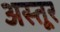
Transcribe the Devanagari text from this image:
अस्तूर